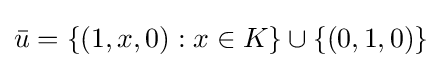
{\bar {u}}=\{(1,x,0):x\in K\}\cup \{(0,1,0)\}